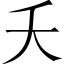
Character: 夭